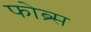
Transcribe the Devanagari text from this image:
फोब्र्स